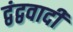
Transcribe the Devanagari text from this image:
द्वंद्ववादी